Report of the Bombay Plague Committee
Disease focus: Plague
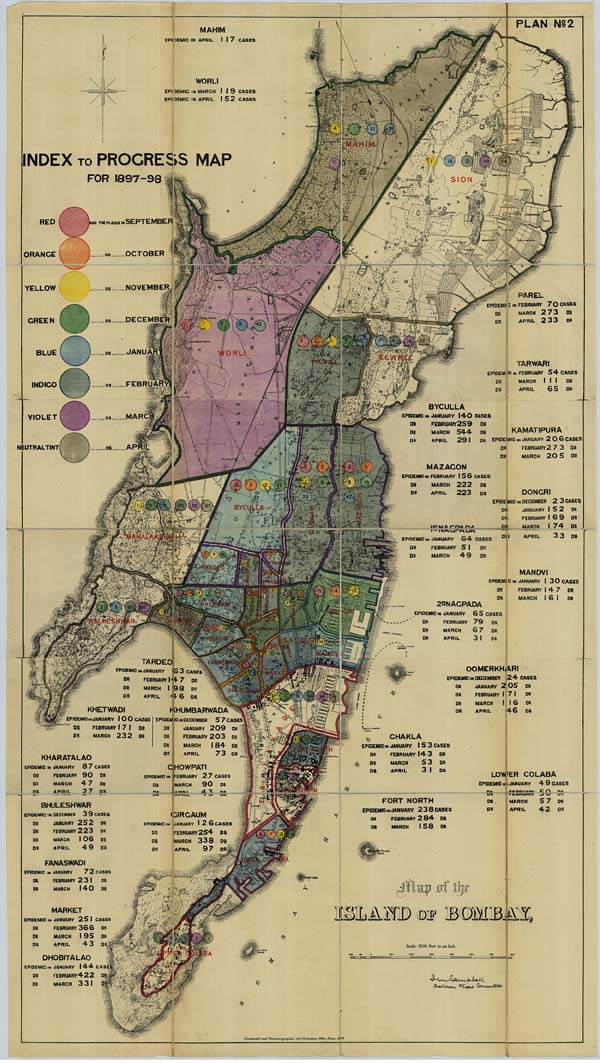
PLAN No: 2